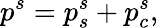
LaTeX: p^{s}=p_{s}^{s}+p_{c}^{s},